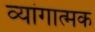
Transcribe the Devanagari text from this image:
व्यांगात्मक